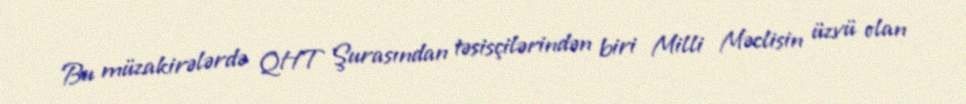
Bu müzakirələrdə QHT Şurasından təsisçilərindən biri Milli Məclisin üzvü olan